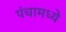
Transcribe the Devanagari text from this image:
पंचामध्ये